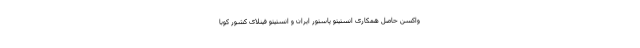
واکسن حاصل همکاری انستیتو پاستور ایران و انستیتو فینلای کشور کوبا